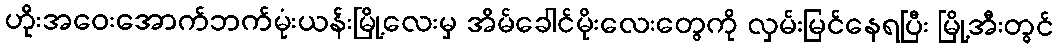
ဟိုးအဝေးအောက်ဘက်မုံးယန်းမြို့လေးမှ အိမ်ခေါင်မိုးလေးတွေကို လှမ်းမြင်နေရပြီး မြို့အီးတွင်